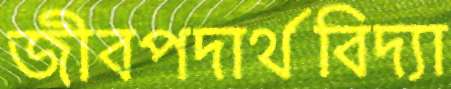
জীবপদার্থবিদ্যা